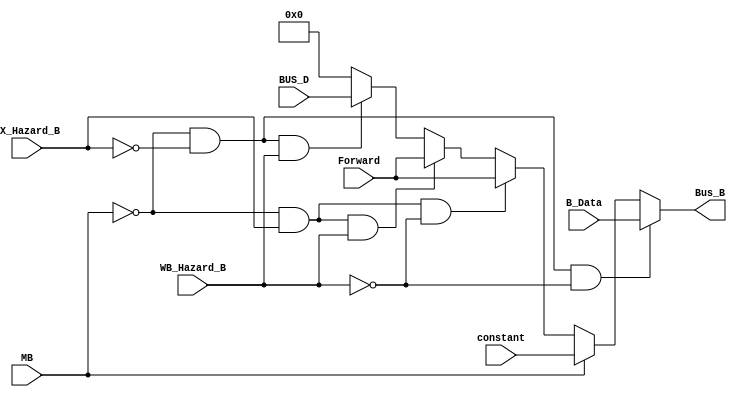
`timescale  1ns/100ps
module MUX_B(constant, B_Data, MB, Bus_B,EX_Hazard_B,WB_Hazard_B,Forward,BUS_D);
	input [31:0] constant, B_Data,Forward;
	input MB , EX_Hazard_B , WB_Hazard_B;
	input [31:0]BUS_D ;
	output reg [31:0] Bus_B;
		
	always @(*) begin
		if (MB == 1'b0 && EX_Hazard_B == 0 && WB_Hazard_B == 0)
			Bus_B = B_Data;
		else if (MB == 1'b1 )
			Bus_B = constant;
		else if (MB == 0 && EX_Hazard_B == 1'b1 && WB_Hazard_B == 1'b0)
			Bus_B = Forward ;
		else if (MB == 0 && EX_Hazard_B == 1'b1 && WB_Hazard_B == 1'b1)
			Bus_B = Forward ;
		else if (MB == 0 && EX_Hazard_B == 1'b0 && WB_Hazard_B == 1'b1)
			Bus_B = BUS_D ;
		else	
			begin 
				Bus_B = 0 ;
			end
	end	
		
endmodule